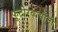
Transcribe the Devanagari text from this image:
फुटीरवाद्यांनी